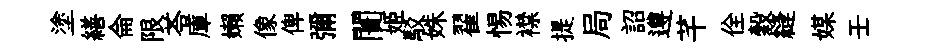
塗繕侖限苓庫嬾像俾彌闠姬駁姝翟惕襟提局詔遵芊佺穀縫媒壬